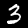
Digit: 3